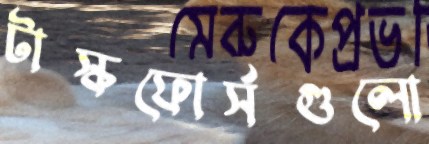
টাস্কফোর্সগুলো